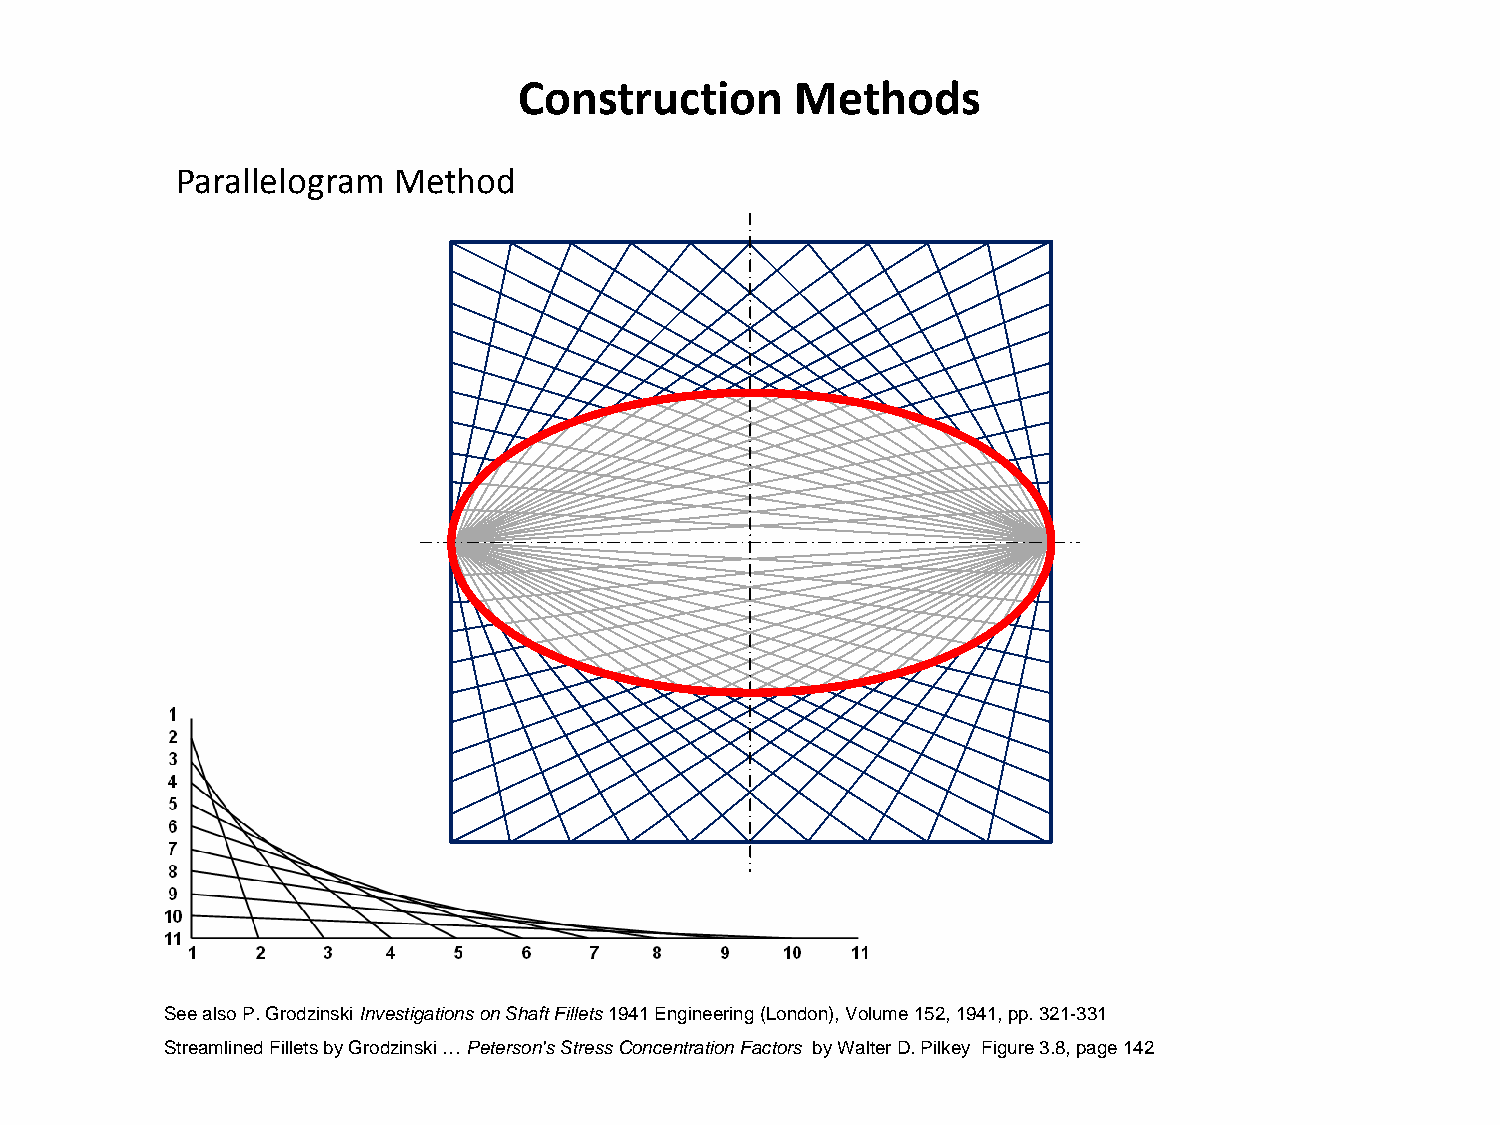
Construction       Methods
 Parallelogram Method
 See also P. Grodzinski Investigations on Shaft Fillets 1941 Engineering (London), Volume 152, 1941, pp. 321-331
 Streamlined Fillets by Grodzinski … Peterson's Stress Concentration Factors by Walter D. Pilkey Figure 3.8, page 142